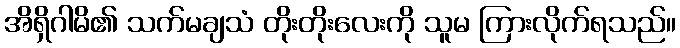
အိရှိဂါမိ၏ သက်မချသံ တိုးတိုးလေးကို သူမ ကြားလိုက်ရသည်။